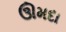
ઊમદા